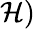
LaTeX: \mathcal{H})